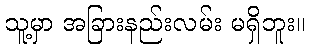
သူ့မှာ အခြားနည်းလမ်း မရှိဘူး။